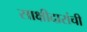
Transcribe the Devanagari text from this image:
साक्षीदारांची